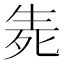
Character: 𱰗